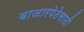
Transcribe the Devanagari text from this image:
बाजारपेठेसाठी